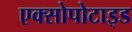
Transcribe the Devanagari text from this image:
एक्सोपोटाइड